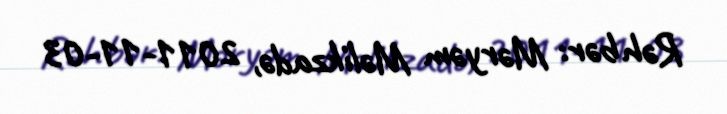
Rəhbər: Məryəm Məlikzadə, 2011-11-03